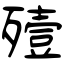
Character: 殪